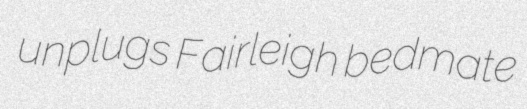
unplugs Fairleigh bedmate